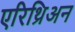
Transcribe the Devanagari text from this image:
एरिथ्रिअन